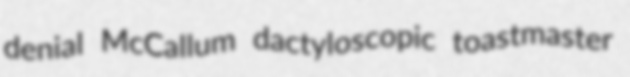
denial McCallum dactyloscopic toastmaster